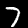
Digit: 7